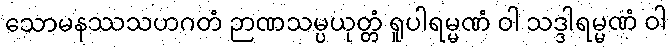
သောမနဿသဟဂတံ ဉာဏသမ္ပယုတ္တံ ရူပါရမ္မဏံ ဝါ သဒ္ဒါရမ္မဏံ ဝါ